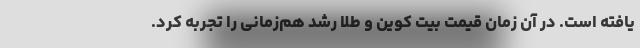
یافته است. در آن زمان قیمت بیت کوین و طلا رشد هم‌زمانی را تجربه کرد.